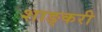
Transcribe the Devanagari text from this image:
शाङ्करी